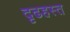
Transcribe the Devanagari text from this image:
दृढहस्त